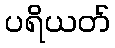
ပရိယတ်